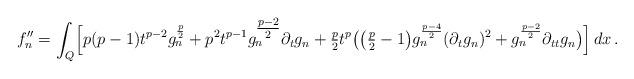
LaTeX: \begin{align*}f''_n=\int_Q\Bigl[p(p-1)t^{p-2}g_n^{\frac p2}+p^2t^{p-1}g_n^{\tfrac{p-2}{2}}\partial_t g_n+\tfrac{p}2t^p\bigl(\bigl(\tfrac{p}2-1\bigr)g_n^{\frac{p-4}{2}}(\partial_t g_n)^2+ g_n^{\frac{p-2}{2}}\partial_{tt} g_n\bigr)\Bigr ]\,dx\,.\end{align*}